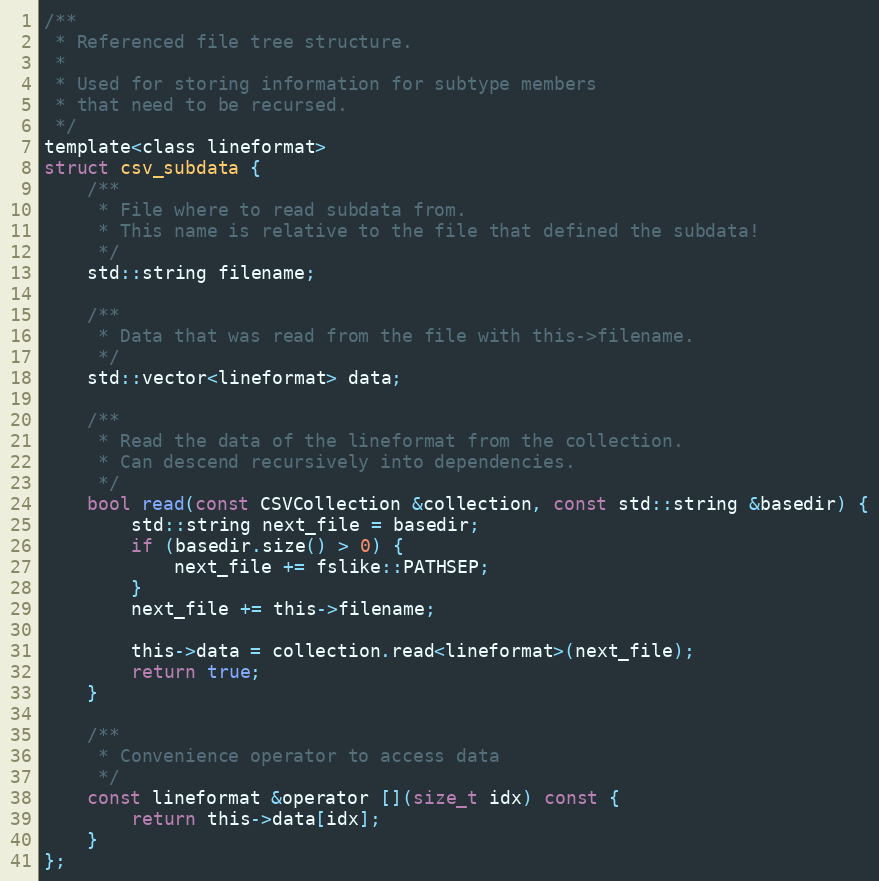
Language: C
/**
 * Referenced file tree structure.
 *
 * Used for storing information for subtype members
 * that need to be recursed.
 */
template<class lineformat>
struct csv_subdata {
	/**
	 * File where to read subdata from.
	 * This name is relative to the file that defined the subdata!
	 */
	std::string filename;

	/**
	 * Data that was read from the file with this->filename.
	 */
	std::vector<lineformat> data;

	/**
	 * Read the data of the lineformat from the collection.
	 * Can descend recursively into dependencies.
	 */
	bool read(const CSVCollection &collection, const std::string &basedir) {
		std::string next_file = basedir;
		if (basedir.size() > 0) {
			next_file += fslike::PATHSEP;
		}
		next_file += this->filename;

		this->data = collection.read<lineformat>(next_file);
		return true;
	}

	/**
	 * Convenience operator to access data
	 */
	const lineformat &operator [](size_t idx) const {
		return this->data[idx];
	}
};